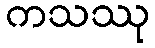
ကသဿု